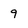
Character: 9